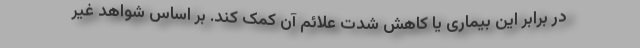
در برابر این بیماری یا کاهش شدت علائم آن کمک کند. بر اساس شواهد غیر